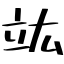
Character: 竑